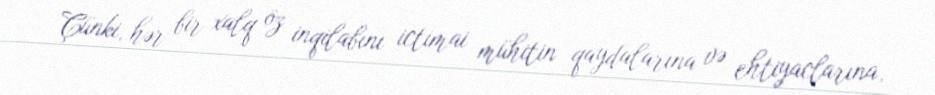
Çünki, hər bir xalq öz inqilabını ictimai mühitin qaydalarına və ehtiyaclarına,